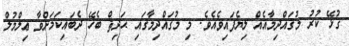
ގުޅޭ ކުރު މުޤައްދިމާއެއް ލިޔެފައިވެއެވެ. މި މުޤައްދިމާގައި ޙަދިޘް ބެހޭ ދެބައިކަމަށްވާ ޢިލްމުލް